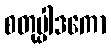
စတုပ္ပါဒကော